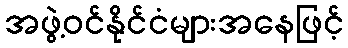
အဖွဲ့ဝင်နိုင်ငံများအနေဖြင့်